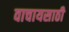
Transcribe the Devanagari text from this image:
वाचायसाठी